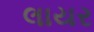
લાયર